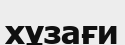
хұзағи